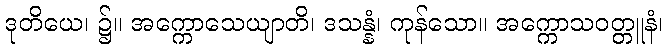
ဒုတိယေ၊ ၌။ အက္ကောသေယျာတိ၊ ဒသန္နံ၊ ကုန်သော။ အက္ကောသဝတ္တူနံ၊